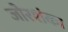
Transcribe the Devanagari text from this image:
जोरशंका